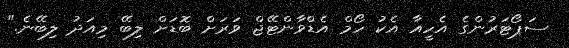
ސަޕޯޓަރުންގެ އެހީއާ އެކު ހޯމް އެޑްވާންޓޭޖް ވަރަށް ބޮޑަށް ލިބޭ މިއަދު ލިބޭނެ."